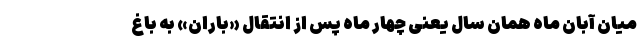
میان آبان ماه همان سال یعنی چهار ماه ‌پس از انتقال «باران» به باغ